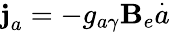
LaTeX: \textbf{j}_{a}=-g_{a\gamma}\textbf{B}_{e}\overset{.}{a}